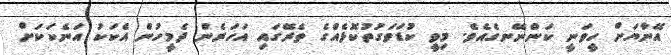
އޭނާޔަށް ހީވަނީ ކަންނޭނގެއެވެ. މިވީ ކުޑަވަގުތުކޮޅެއްގެ ތެރޭގައި އަހަރެން ދެމީހުން އެކަކު އަނެކަކަށް